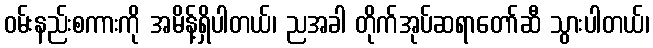
ဝမ်းနည်းစကားကို အမိန့်ရှိပါတယ်၊ ညအခါ တိုက်အုပ်ဆရာတော်ဆီ သွားပါတယ်၊